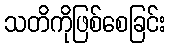
သတိကိုဖြစ်စေခြင်း